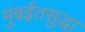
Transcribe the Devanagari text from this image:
मुंबईतसुद्धा